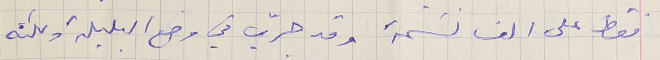
فقط على الف نسَمة وقد جرّب في وضع البلبلة ولكنه